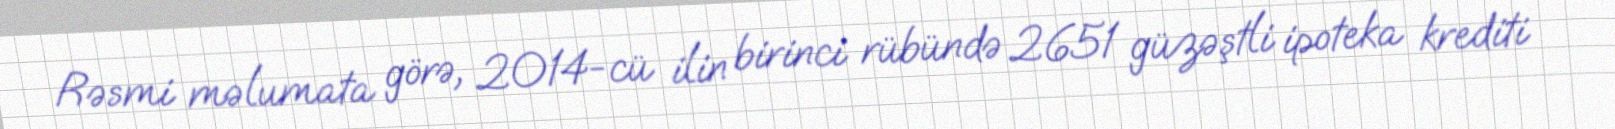
Rəsmi məlumata görə, 2014-cü ilin birinci rübündə 2651 güzəştli ipoteka krediti